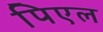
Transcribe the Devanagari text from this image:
पिएल